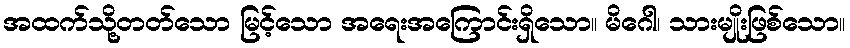
အထက်သို့တတ်သော မြင့်သော အရေးအကြောင်းရှိသော။ မိဂေါ၊ သားမျိုးဖြစ်သော။